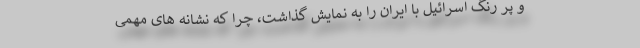
و پر رنگ اسرائیل با ایران را به نمایش گذاشت، چرا که نشانه های مهمی